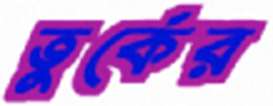
তুর্কের